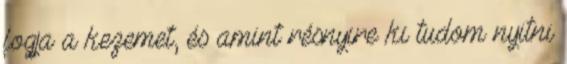
fogja a kezemet, és amint résnyire ki tudom nyitni